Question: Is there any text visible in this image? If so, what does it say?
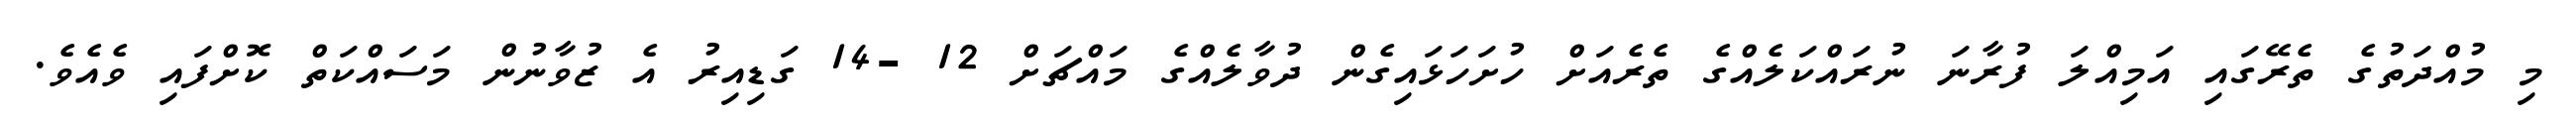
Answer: މި މުއްދަތުގެ ތެރޭގައި އަމިއްލަ ފުރާނަ ނުރައްކަލެއްގެ ތެރެއަށް ހުށަހަޅައިގެން ދުވާލެއްގެ މައްޗަށް 12 -14 ގަޑިއިރު އެ ޒުވާނުން މަސައްކަތް ކޮށްފައި ވެއެވެ.